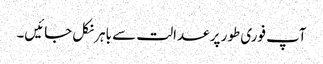
آپ فوری طور پر عدالت سے باہر نکل جائیں۔